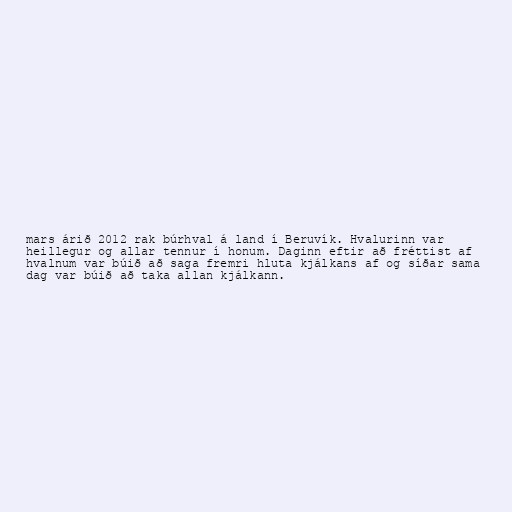
mars árið 2012 rak búrhval á land í Beruvík. Hvalurinn var
heillegur og allar tennur í honum. Daginn eftir að fréttist af
hvalnum var búið að saga fremri hluta kjálkans af og síðar sama
dag var búið að taka allan kjálkann.